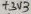
Text: +3V3